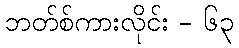
ဘတ်စ်ကားလိုင်း - ၆၃